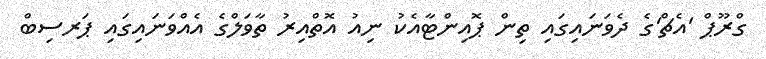
ގްރޫޕް 'އެޗް'ގެ ދެވަނައިގައި ތިން ޕޮއިންޓާއެކު ނިއު އޮތްއިރު ތާވަލްގެ އެއްވަނައިގައި ޕަރސިބް